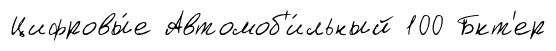
Цифровы́е Автомоб'и́льный 100 Бкт'ер